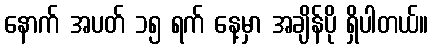
နောက် အပတ် ၁၅ ရက် နေ့မှာ အချိန်ပို ရှိပါတယ်။